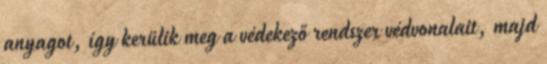
anyagot, így kerülik meg a védekező rendszer védvonalait, majd